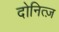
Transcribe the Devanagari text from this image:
दोनित्ज़